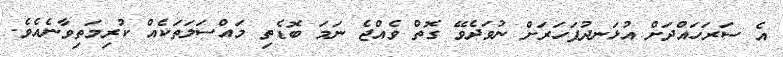
އެ ސަރަހައްދަށް އުޅަނދުފަހަރަށް ނުވަދެވޭ ގޮތް ވެއްޖެ ނަމަ ބޮޑެތި މައްސަލަތަކެއް ކުރިމަތިވާނެއެވެ.